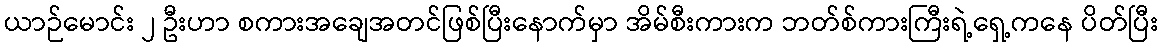
ယာဉ်မောင်း ၂ ဦးဟာ စကားအချေအတင်ဖြစ်ပြီးနောက်မှာ အိမ်စီးကားက ဘတ်စ်ကားကြီးရဲ့ရှေ့ကနေ ပိတ်ပြီး